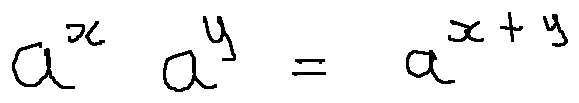
a ^ { x } a ^ { y } = a ^ { x + y }